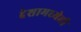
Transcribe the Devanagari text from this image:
देशामध्येही